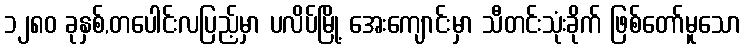
၁၂၈၀ ခုနှစ်,တပေါင်းလပြည့်မှာ ပလိပ်မြို့ အေးကျောင်းမှာ သီတင်းသုံးခိုက် ဖြစ်တော်မူသော